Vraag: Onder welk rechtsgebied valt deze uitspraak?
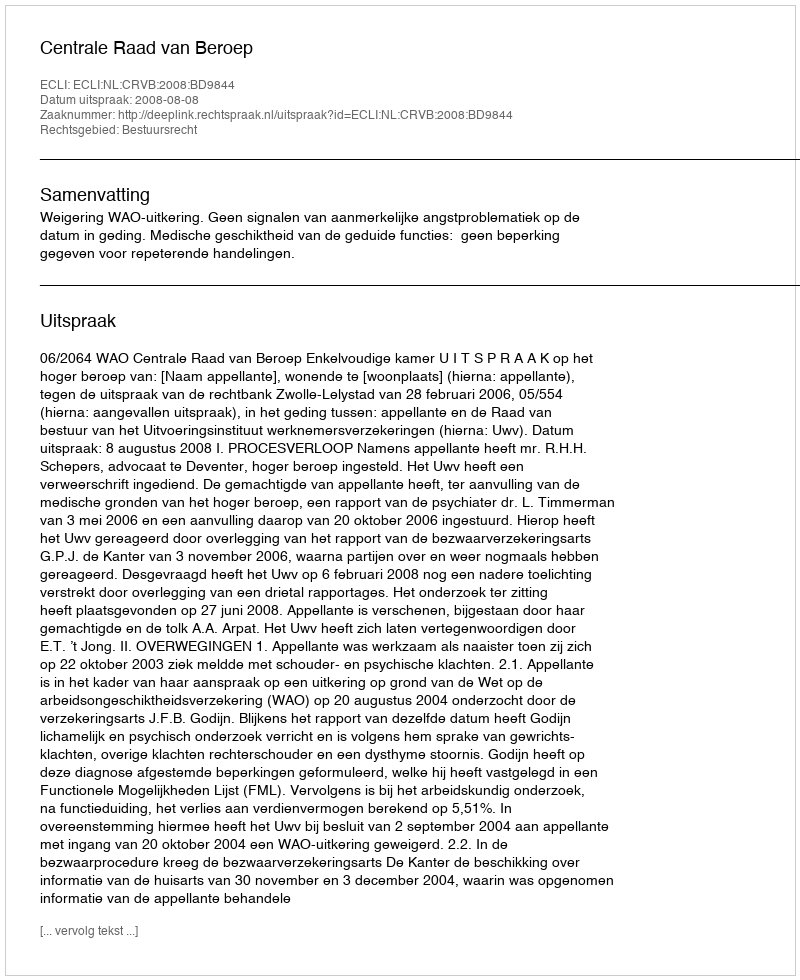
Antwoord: Bestuursrecht